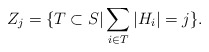
\begin{align*}Z_j = \{T \subset S|\sum_{i \in T} |H_i| = j\}. \end{align*}